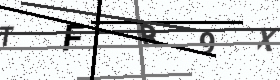
Text: TFR9X